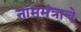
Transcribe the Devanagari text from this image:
नाममंत्राचे